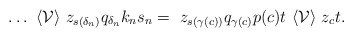
\begin{align*}\dots~\langle\mathcal{V}\rangle~z_{s(\delta_n)}q_{\delta_n}k_ns_n=~z_{s(\gamma(c))}q_{\gamma(c)}p(c)t~\langle\mathcal{V}\rangle~z_c t.\end{align*}